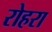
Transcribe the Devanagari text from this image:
रोहरा